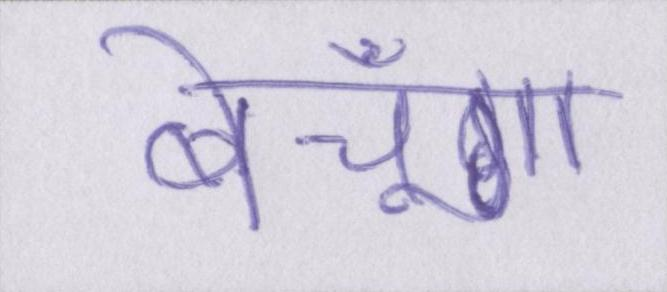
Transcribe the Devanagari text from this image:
बेचूँगा